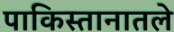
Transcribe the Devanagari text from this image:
पाकिस्तानातले